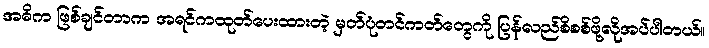
အဓိက ဖြစ်ချင်တာက အရင်ကထုတ်ပေးထားတဲ့ မှတ်ပုံတင်ကတ်တွေကို ပြန်လည်စိစစ်ဖို့လိုအပ်ပါတယ်။